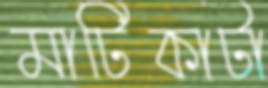
মাটিকাটা